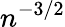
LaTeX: n^{-3/2}